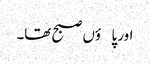
اور پاؤں صبح تھا۔